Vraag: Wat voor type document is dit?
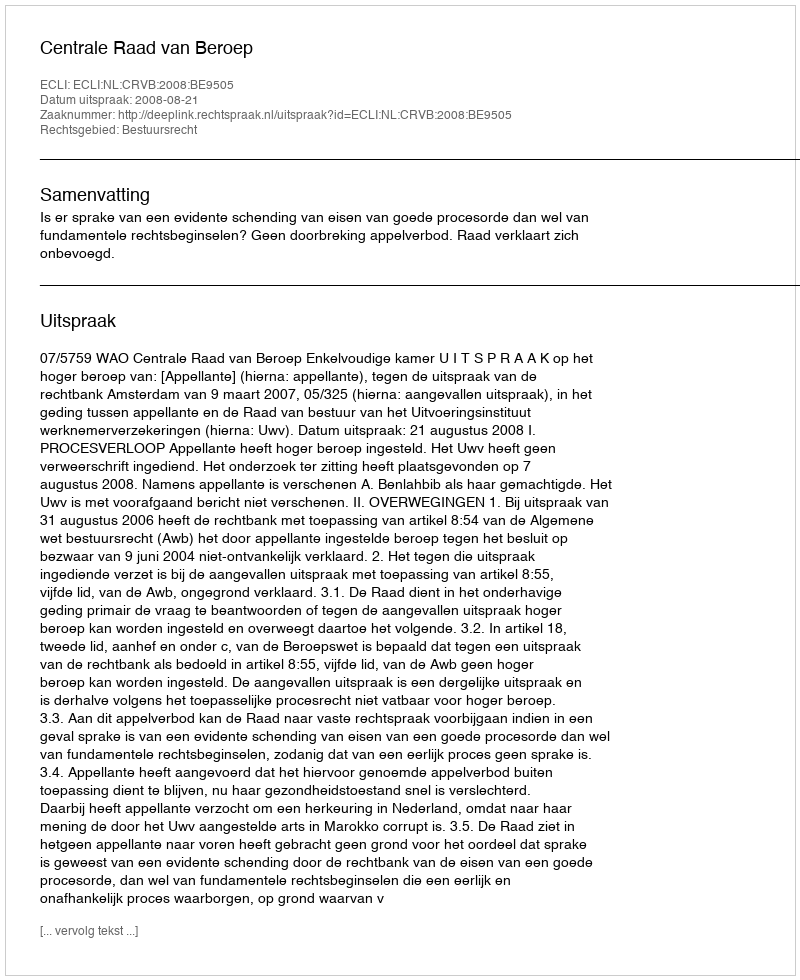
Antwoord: Uitspraak